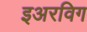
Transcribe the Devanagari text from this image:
इअरविग